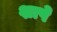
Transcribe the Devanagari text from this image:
शापे